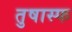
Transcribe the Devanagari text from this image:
तुषास्फ